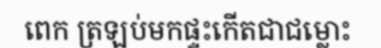
ពេក ត្រឡប់មកផ្ទះកើតជាជម្លោះ